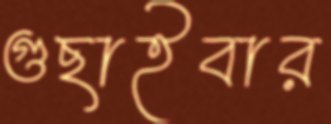
গুছাইবার